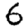
Digit: 6